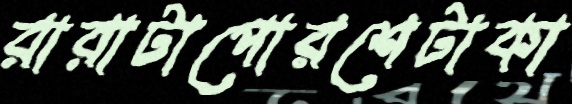
রারাটাপোরশেটাকা